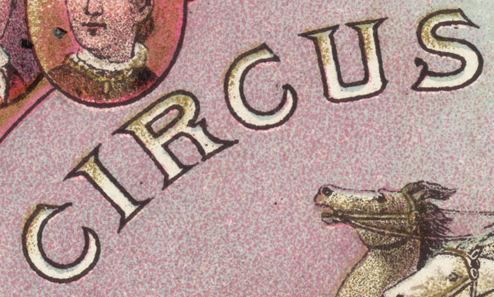
CIRCUS